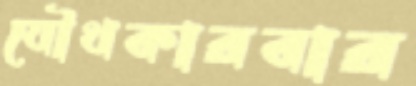
যৌথকারবার